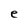
Character: e